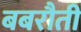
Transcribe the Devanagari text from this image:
बबरौती